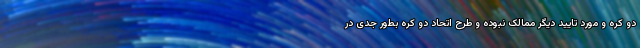
دو کره و مورد تایید دیگر ممالک نبوده و طرح اتحاد دو کره بطور جدی در